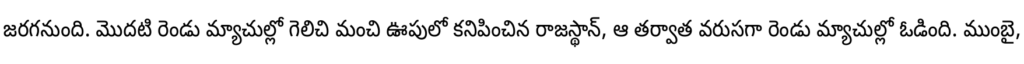
జరగనుంది. మొదటి రెండు మ్యాచుల్లో గెలిచి మంచి ఊపులో కనిపించిన రాజస్థాన్, ఆ తర్వాత వరుసగా రెండు మ్యాచుల్లో ఓడింది. ముంబై,